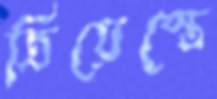
ত্রিয়েস্তে